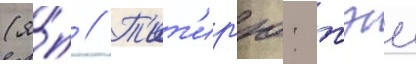
(я́п // Т'ит'ир'ю: тэи